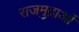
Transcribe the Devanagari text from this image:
राजमुद्राओं